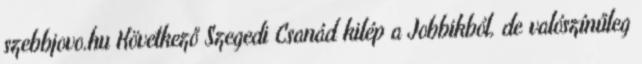
szebbjovo.hu Következő Szegedi Csanád kilép a Jobbikból, de valószínűleg